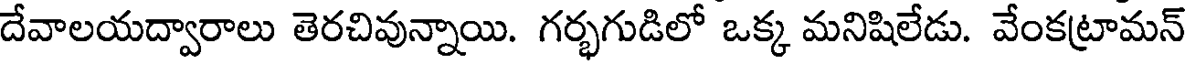
దేవాలయద్వారాలు తెరచివున్నాయి. గర్భగుడిలో ఒక్క మనిషిలేడు. వేంకట్రామన్